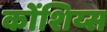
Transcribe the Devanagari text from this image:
कोंशिय्स